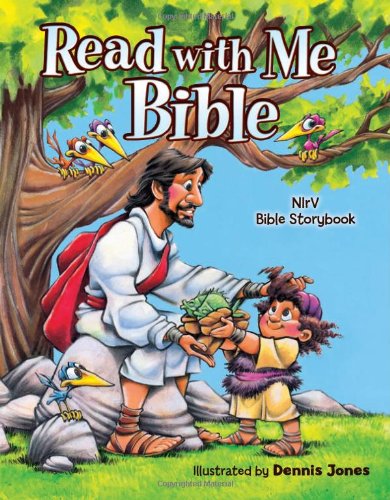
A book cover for Read with Me Bible: an NIrV Story Bible for Children; Education & Teaching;